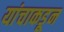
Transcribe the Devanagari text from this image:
यांचाकडून